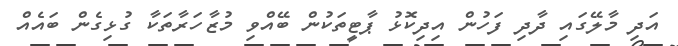
އަދި މާލޭގައި ދާދި ފަހުން އިދިކޮޅު ޕާޓީތަކުން ބޭއްވި މުޒާހަރާތަކާ ގުޅިގެން ބައެއް